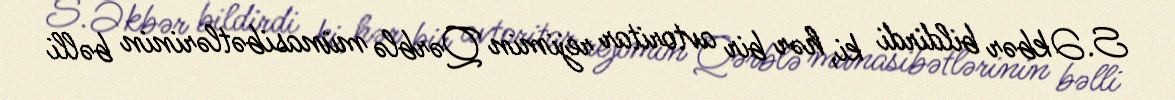
S.Əkbər bildirdi ki, hər bir avtoritar rejimin Qərblə münasibətlərinin bəlli